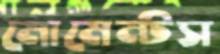
মোমেন্টস